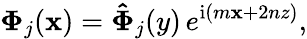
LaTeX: \boldsymbol{\Phi}_{j}(\boldsymbol{\mathbf{x}})=\boldsymbol{\hat{{\Phi}}}_{j}(y)\, e^{\mathrm{{i}}(m\mathbf{x}+2nz)},